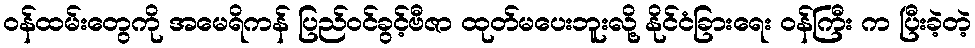
ဝန်ထမ်းတွေကို အမေရိကန် ပြည်ဝင်ခွင့်ဗီဇာ ထုတ်မပေးဘူးလို့ နိုင်ငံခြားရေး ဝန်ကြီး က ပြီးခဲ့တဲ့